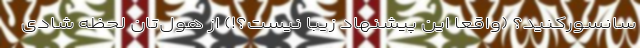
سانسورکنید؟ (واقعا این پیشنهاد زیبا نیست؟!) از هول‌تان لحظه شادی